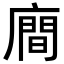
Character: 𪪢